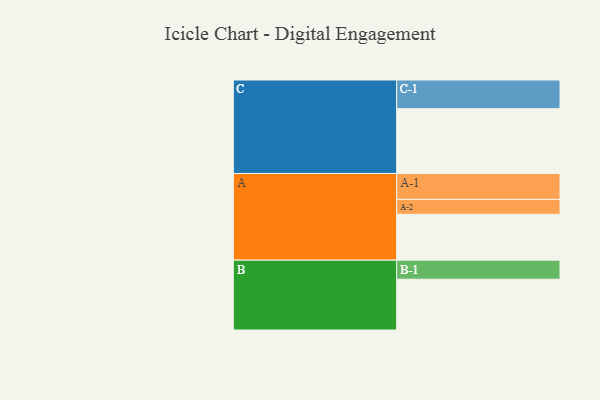
{"axis": {"x": "Segment", "y": "Value"}, "legend": ["", "A", "B", "C"], "data": [{"x": "A", "y": 363, "type": ""}, {"x": "B", "y": 402, "type": ""}, {"x": "C", "y": 513, "type": ""}, {"x": "A-1", "y": 205, "type": "A"}, {"x": "A-2", "y": 118, "type": "A"}, {"x": "B-1", "y": 151, "type": "B"}, {"x": "C-1", "y": 227, "type": "C"}]}